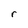
Character: r